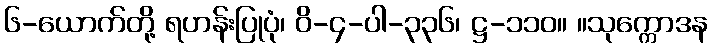
၆-ယောက်တို့ ရဟန်းပြုပုံ၊ ဝိ-၄-ပါ-၃၃၆၊ ဋ္ဌ-၁၁၀။ ။သုက္ကောဒန